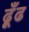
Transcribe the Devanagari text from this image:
ढ़ूँढ